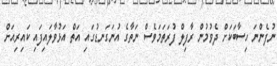
ނުފެންނަ ހިސާބަކަށް ދެވުމުން ރާފިލް ފުރަތަމަވެސް ނަތާގެ އުނަގަނޑުގައި އަތް އަޅުވާލައިފައި ކައިރިއަށް